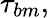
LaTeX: \tau_{bm},